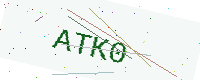
Text: ATK0